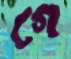
গে